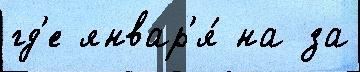
гд'е январ'я́ на за